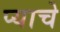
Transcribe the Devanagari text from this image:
प्याचे